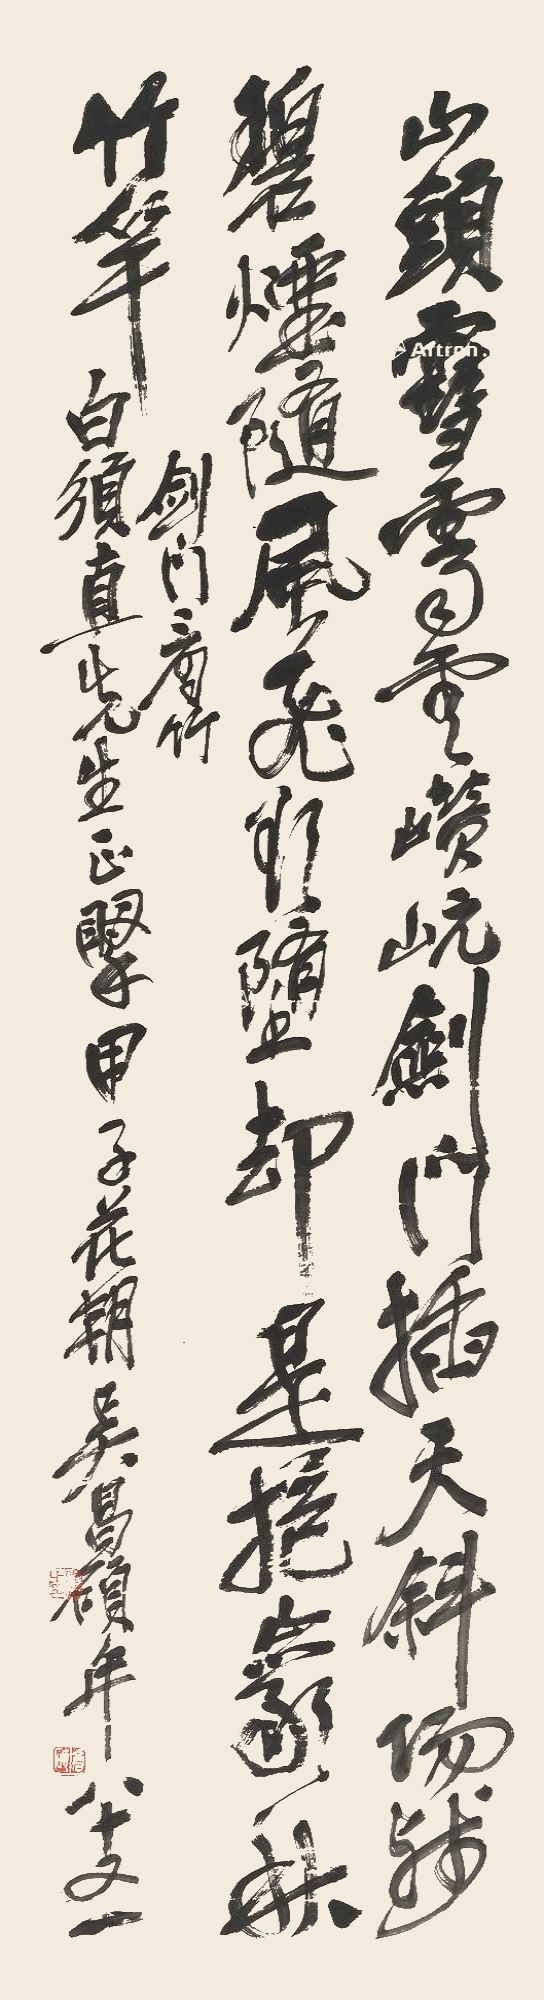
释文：山头雪霁云巑岏，剑门插天斜阳残，碧烟随风吹欲堕，却是抱岩秋竹竿。剑门看竹，白须直先生正腕，甲子花朝吴昌硕年八十又一。